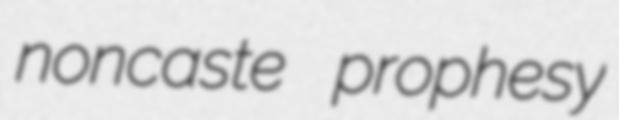
noncaste prophesy